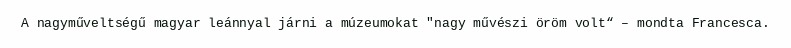
A nagyműveltségű magyar leánnyal járni a múzeumokat "nagy művészi öröm volt“ – mondta Francesca.